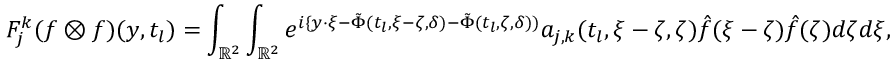
F _ { j } ^ { k } ( f \otimes f ) ( y , t _ { l } ) = \int _ { \mathbb { R } ^ { 2 } } \int _ { \mathbb { R } ^ { 2 } } e ^ { i \{ y \cdot \xi - \tilde { \Phi } ( t _ { l } , \xi - \zeta , \delta ) - \tilde { \Phi } ( t _ { l } , \zeta , \delta ) ) } a _ { j , k } ( t _ { l } , \xi - \zeta , \zeta ) \hat { f } ( \xi - \zeta ) \hat { f } ( \zeta ) d \zeta d \xi ,